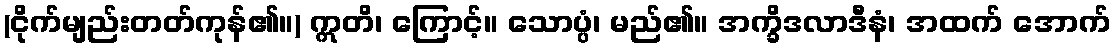
(ငိုက်မျည်းတတ်ကုန်၏။) ဣတိ၊ ကြောင့်။ သောပ္ပံ၊ မည်၏။ အက္ခိဒလာဒီနံ၊ အထက် အောက်